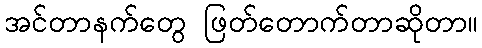
အင်တာနက်တွေ ဖြတ်တောက်တာဆိုတာ။